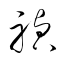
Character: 禎